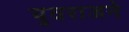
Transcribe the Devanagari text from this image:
युवराजने